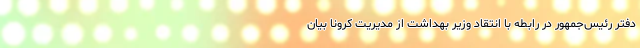
دفتر رئیس‌جمهور در رابطه با انتقاد وزیر بهداشت از مدیریت کرونا بیان